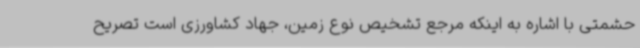
حشمتی با اشاره به اینکه مرجع تشخیص نوع زمین، جهاد کشاورزی است تصریح